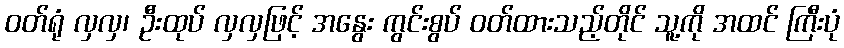
ဝတ်ရုံ လှလှ၊ ဦးထုပ် လှလှဖြင့် အနွေး ကွင်းစွပ် ဝတ်ထားသည့်တိုင် သူ့ကို အထင် ကြီးပုံ